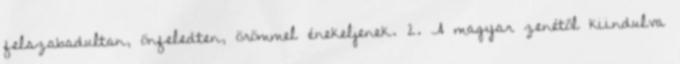
felszabadultan, önfeledten, örömmel énekeljenek. 2. A magyar zenétől kiindulva